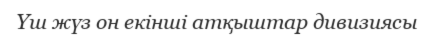
Үш жүз он екінші атқыштар дивизиясы